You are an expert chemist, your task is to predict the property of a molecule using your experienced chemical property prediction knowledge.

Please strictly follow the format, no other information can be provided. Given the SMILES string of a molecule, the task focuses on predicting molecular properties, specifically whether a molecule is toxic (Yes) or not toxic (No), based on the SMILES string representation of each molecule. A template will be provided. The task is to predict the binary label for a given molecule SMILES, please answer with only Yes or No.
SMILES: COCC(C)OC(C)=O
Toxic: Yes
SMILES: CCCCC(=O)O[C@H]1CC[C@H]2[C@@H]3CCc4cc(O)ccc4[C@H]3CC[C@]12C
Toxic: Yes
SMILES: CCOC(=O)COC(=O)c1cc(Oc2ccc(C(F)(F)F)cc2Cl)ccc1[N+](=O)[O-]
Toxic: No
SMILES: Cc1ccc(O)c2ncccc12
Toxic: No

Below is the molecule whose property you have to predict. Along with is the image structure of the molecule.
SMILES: Nc1cc(Cl)cc(C(=O)O)c1Cl
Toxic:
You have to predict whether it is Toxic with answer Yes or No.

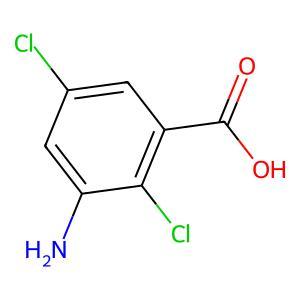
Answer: No